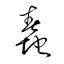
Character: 蠢